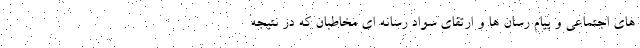
های اجتماعی و پیام رسان ها و ارتقای سواد رسانه ای مخاطبان که در نتیجه